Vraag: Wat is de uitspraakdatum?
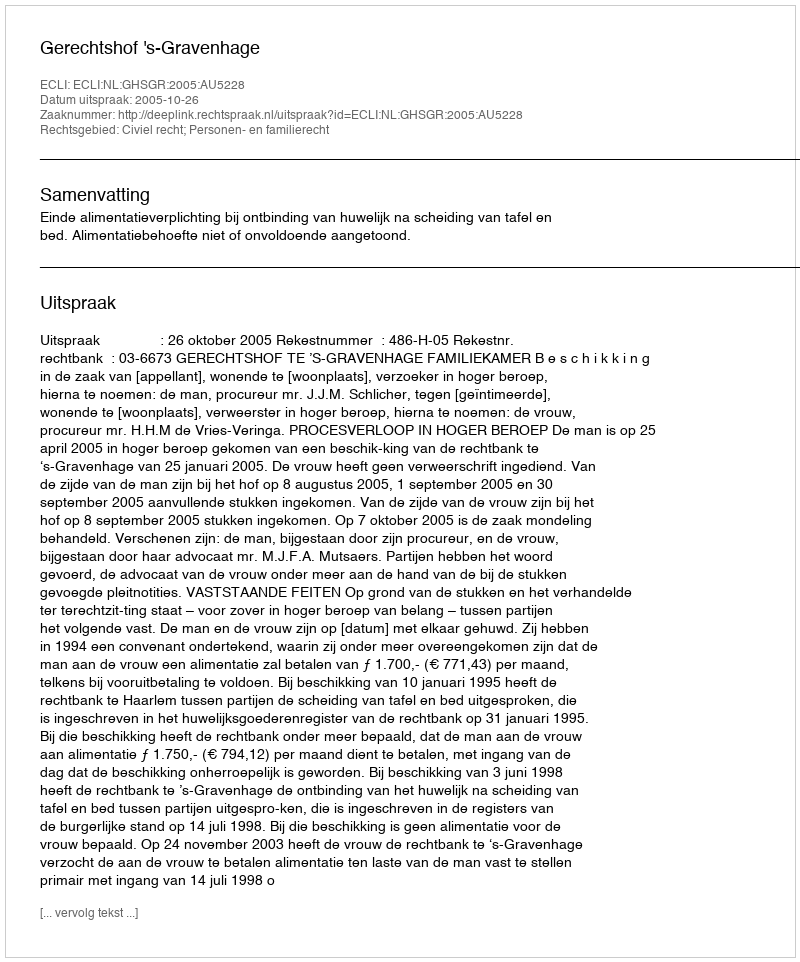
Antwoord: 2005-10-26